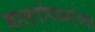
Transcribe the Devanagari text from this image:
बालगोपाळांच्या